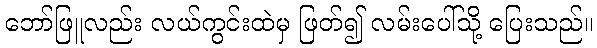
ဘော်ဖြူလည်း လယ်ကွင်းထဲမှ ဖြတ်၍ လမ်းပေါ်သို့ ပြေးသည်။